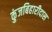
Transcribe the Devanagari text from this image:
कुंजबिहारीदास